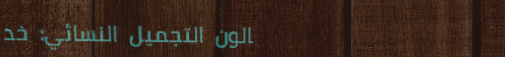
صالون التجميل النسائي: خد